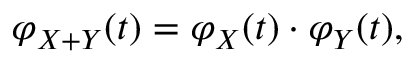
\varphi _ { X + Y } ( t ) = \varphi _ { X } ( t ) \cdot \varphi _ { Y } ( t ) ,